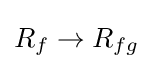
R_{f}\to R_{fg}